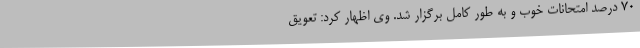
70 درصد امتحانات خوب و به طور کامل برگزار شد. وی اظهار کرد: تعویق